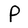
Character: P